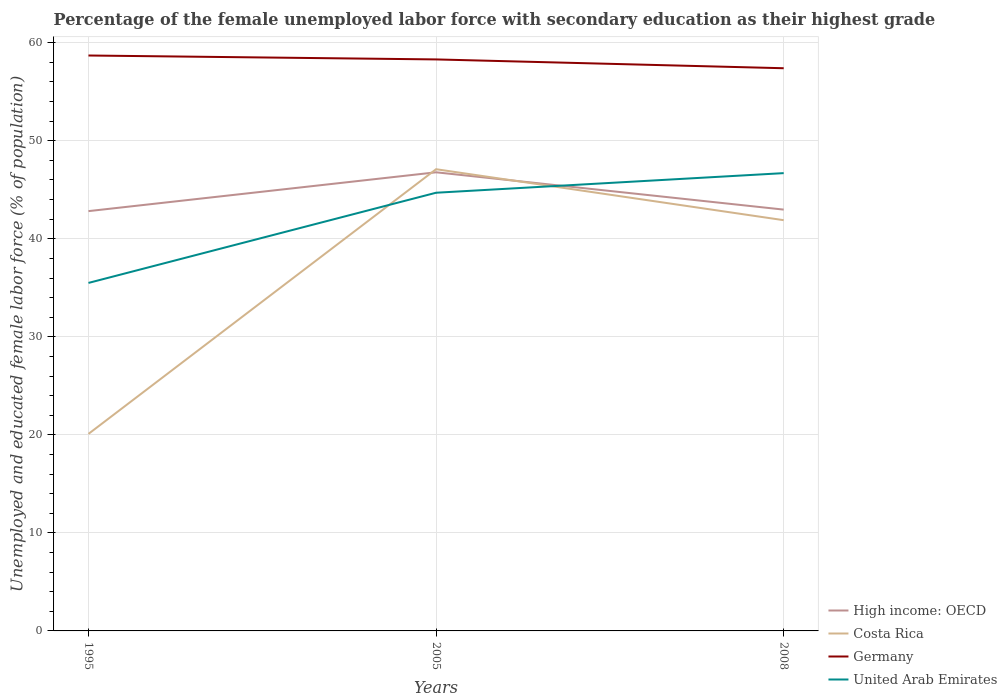
| Years | High income: OECD | Costa Rica | Germany | United Arab Emirates |
 | --- | --- | --- | --- | --- |
 | 1995 | 42.8 | 20.1 | 58.7 | 35.5 |
 | 2005 | 46.8 | 47.1 | 58.3 | 44.7 |
 | 2008 | 43 | 41.9 | 57.4 | 46.7 |